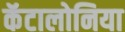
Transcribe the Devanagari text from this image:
कॅटालोनिया